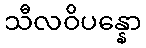
သီလဝိပန္နော